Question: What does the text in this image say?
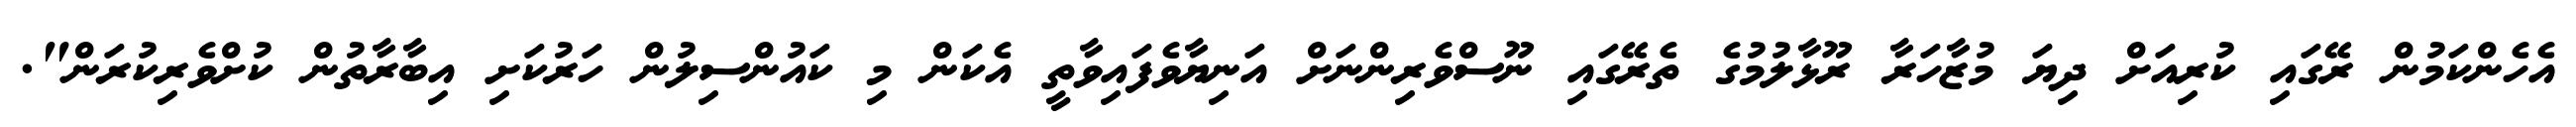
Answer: އެހެންކަމުން ރޭގައި ކުރިއަށް ދިޔަ މުޒާހަރާ ރޫޅާލުމުގެ ތެރޭގައި ނޫސްވެރިންނަށް އަނިޔާވެފައިވާތީ އެކަން މި ކައުންސިލުން ހަރުކަށި އިބާރާތުން ކުށްވެރިކުރަން".